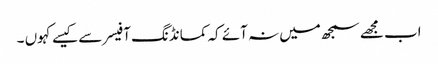
اب مجھے سمجھ میں نہ آئے کہ کمانڈنگ آفیسر سے کیسے کہوں ۔